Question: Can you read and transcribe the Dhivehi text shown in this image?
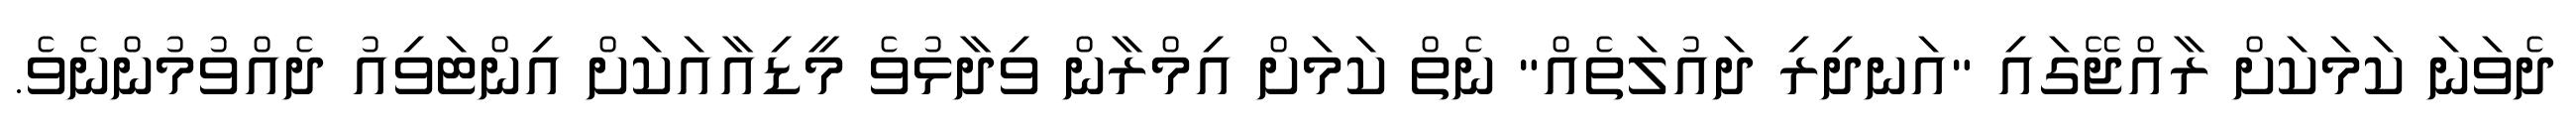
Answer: ދެވަނަ ކަމަކަށް ރާއްޖޭގައި "އަނދިރި ދައުލަތެއް" ނެތް ކަމަށް އިމްރާން ވިދާޅުވެ މީޑިއާއަކަށް އިންޓަވިއު ދެއްވުމުންނެވެ.